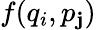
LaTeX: f(q_{i},p_{\mathbf{j}})